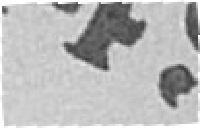
149